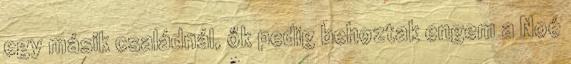
egy másik családnál, ők pedig behoztak engem a Noé